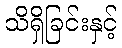
သိရှိခြင်းနှင့်